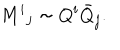
LaTeX: M ^ { i } { } _ { j } \sim Q ^ { i } { \bar { Q } } _ { j } .